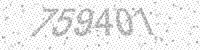
Solution: 759401